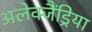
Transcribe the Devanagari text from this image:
अलेक्जैंड्रिया